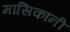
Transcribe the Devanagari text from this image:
मासिकांनी